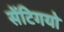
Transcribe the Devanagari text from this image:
सेंटिगयो